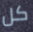
كل